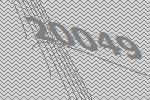
20049